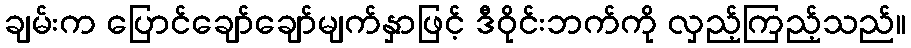
ချမ်းက ပြောင်ချော်ချော်မျက်နှာဖြင့် ဒီဝိုင်းဘက်ကို လှည့်ကြည့်သည်။